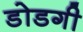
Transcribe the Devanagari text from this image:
डोडगी